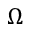
\Omega